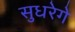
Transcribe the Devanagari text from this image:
सुधरेगे